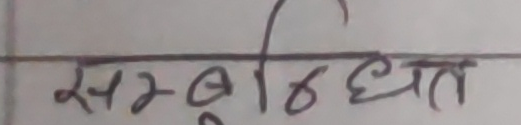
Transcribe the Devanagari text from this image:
सम्बन्धित